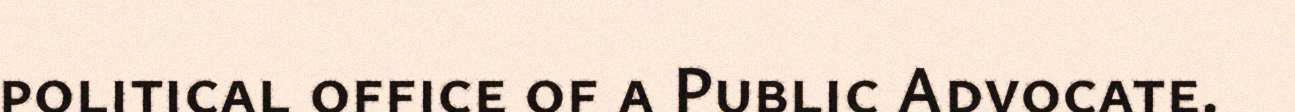
political office of a Public Advocate.